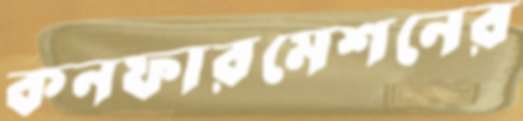
কনফারমেশনের